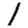
Digit: 1